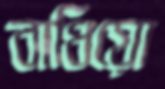
বাধিয়ো